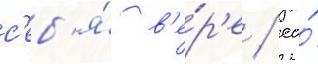
с'еб'я́ в'е́р'е / ео́